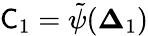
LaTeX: \mathsf C_{1}=\tilde{\psi}(\mathbf\Delta_{1})